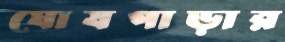
ঘোষপাড়ার